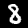
Label: 8